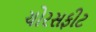
ચોરસફીટ